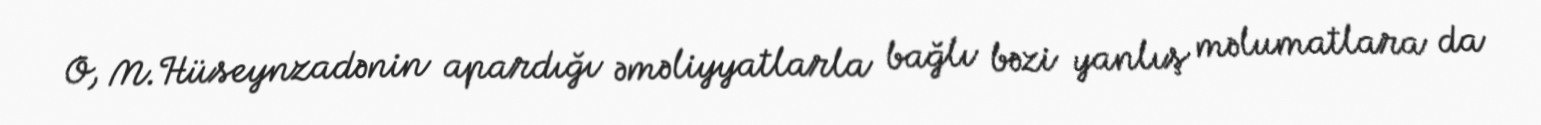
O, M.Hüseynzadənin apardığı əməliyyatlarla bağlı bəzi yanlış məlumatlara da